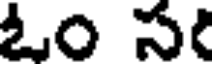
ఓం స